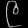
Digit: ၉